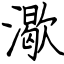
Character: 㵣